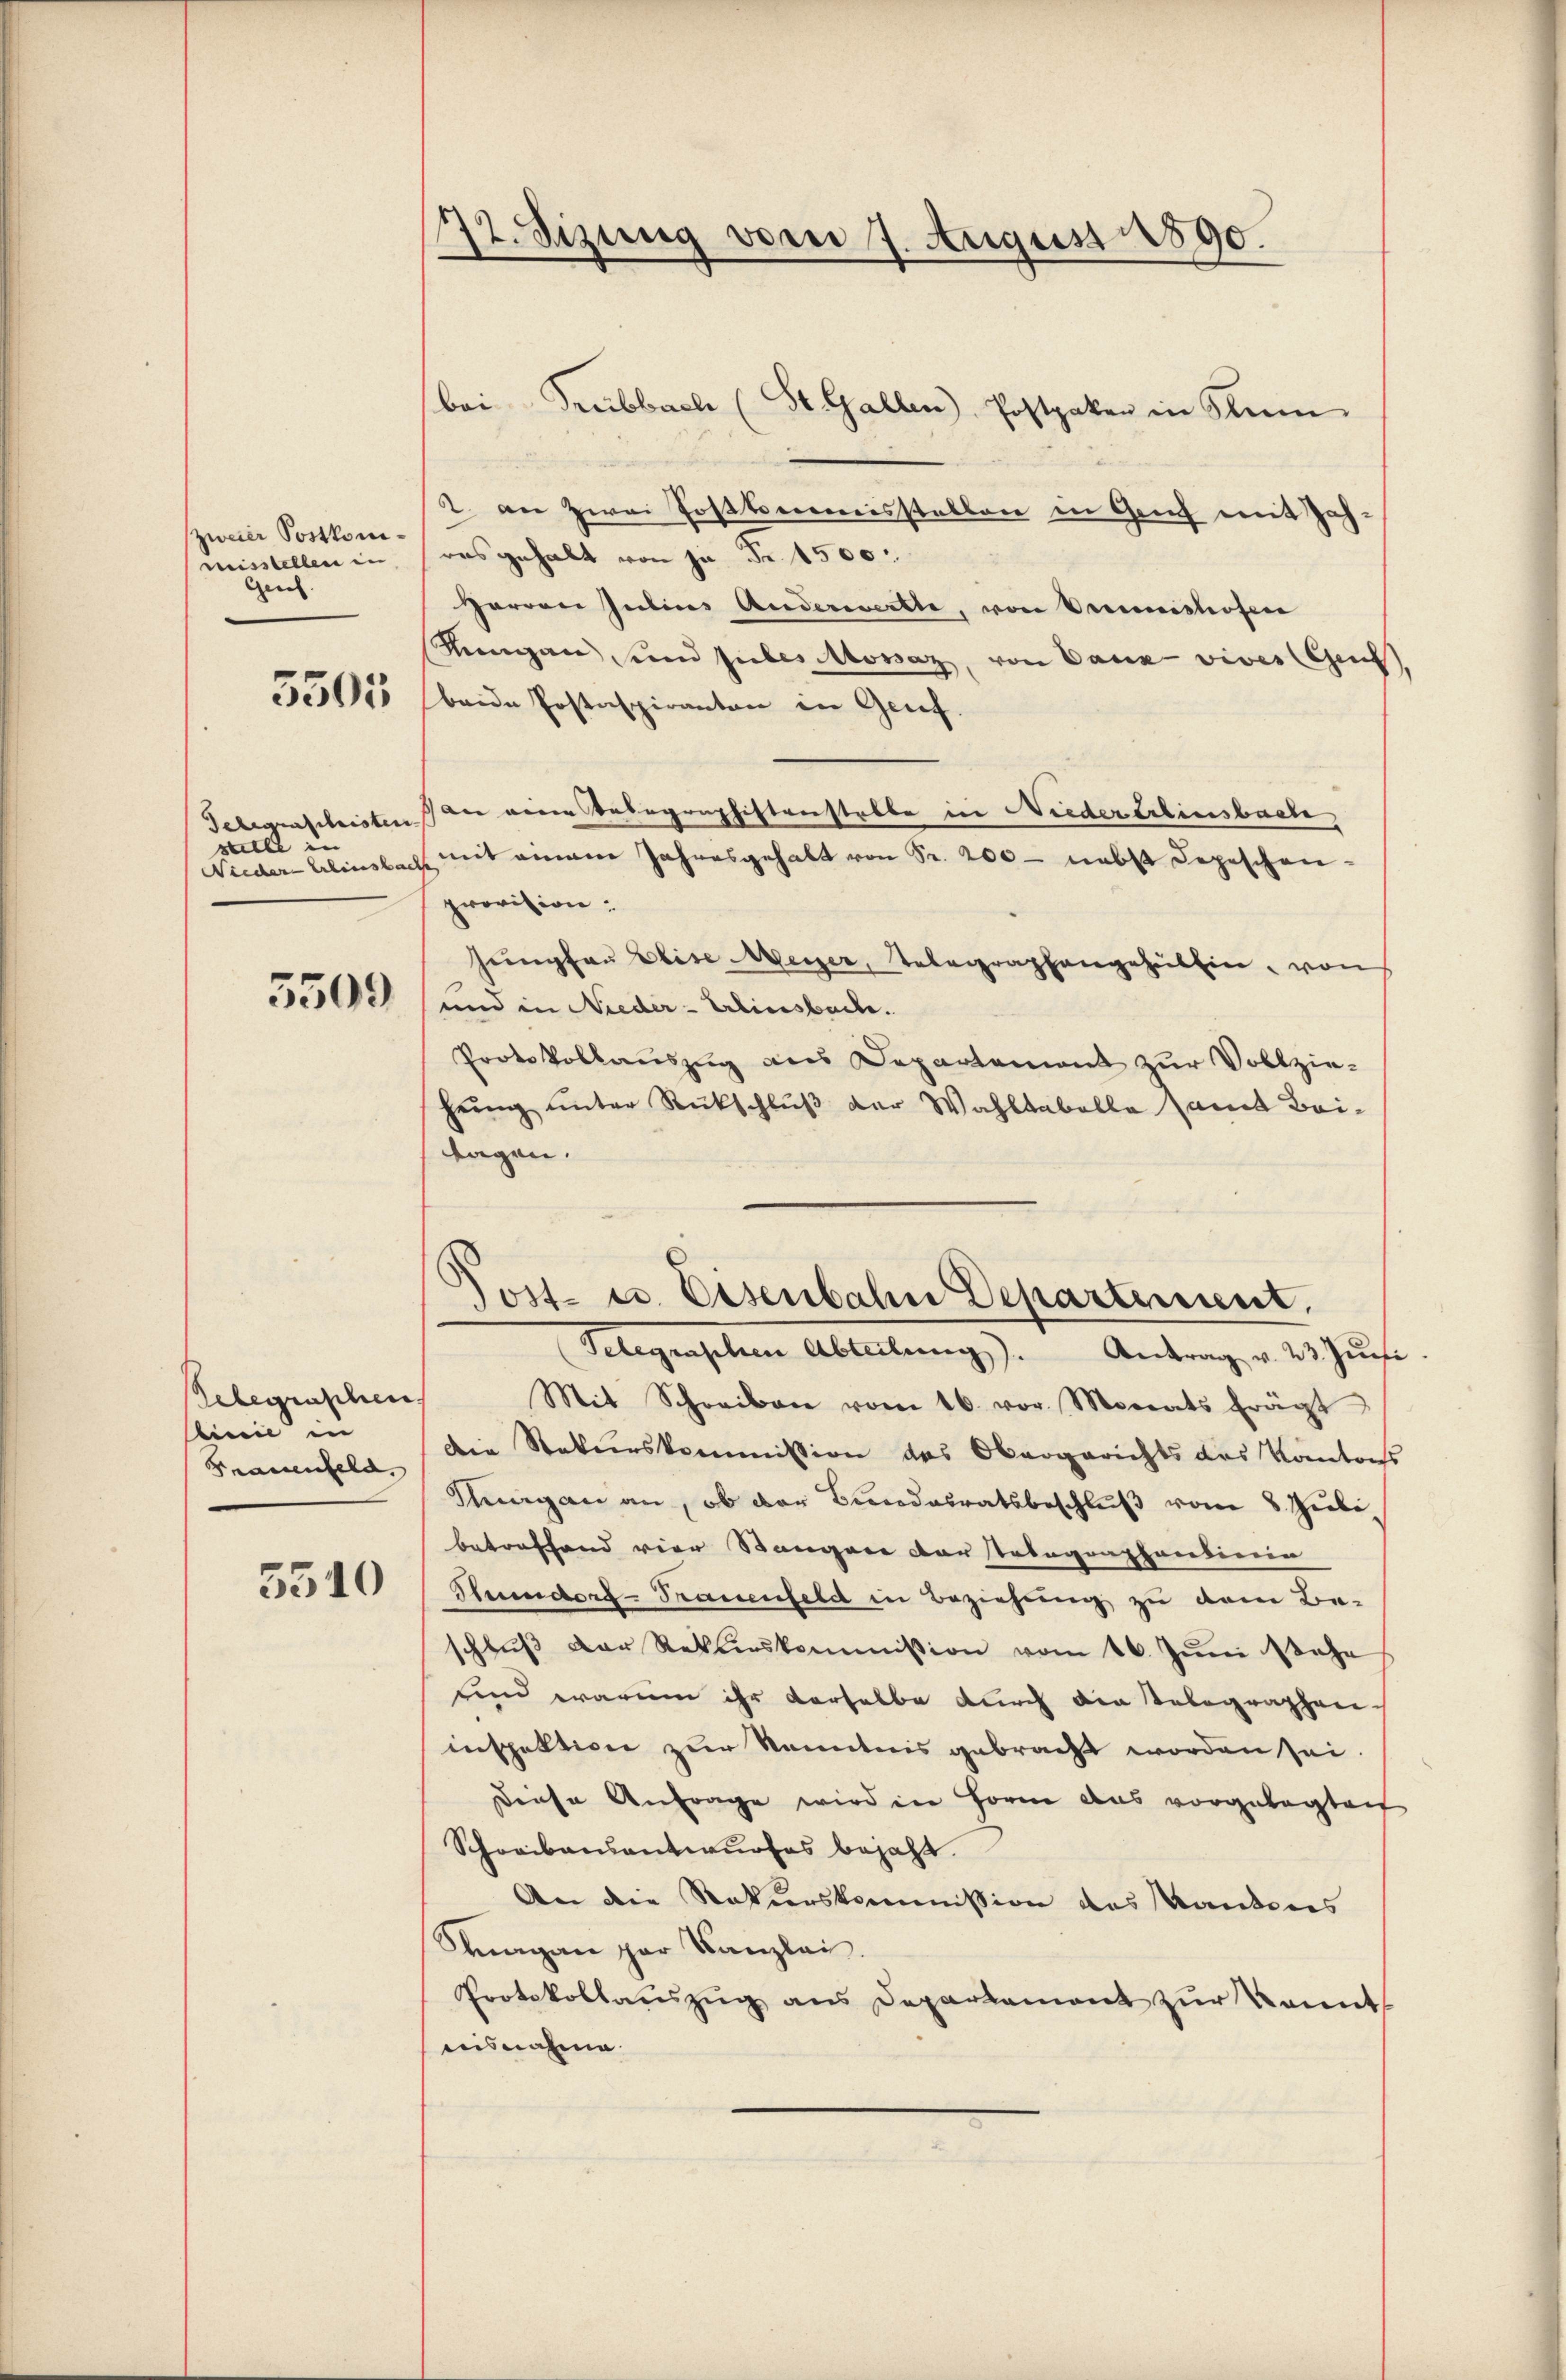
zweier Postkommisstellen in
Geich.

5505

Gelegenschristen
still in
Wiedern Erbeinsbach

5509

Geberraschen,
linie in
Frauenfeld,

3510

12. Sizung vom 7. August 1890.

2. an zwei Postkommisstellen in Genf mit Zahres gehalt von je Fr. 1500
Herren Julius Anderwerkte, von Preiseishofern
Agan und siebes Monaz, von Baue vives (Ges
beide Postaspiranten in Grief.
an eine Belegraphistenstelle in Nieder Erlinsbache
 mit einem Jahresgehalt von Fr. 200 - nebst Depeschenprovision:
sempfau Elise Meier, Telegraphengehüllen, von
und in Nieder-Erlinsbache.
Protokollauszug aus Departement zur Vollzieheig unter Rückschluß der Wahltabelle samt Beitagen.

bei Seebbach (St. Gallen Postpaken in Kenn

Jost- u. Eisenbahn Departement.
Telegraschen Abteilung). Antrag v. 23. Jŭni

Mit Schreiben vom 16. vor. Monats frägt
Die Staturskommission des Obergerichts das Kantonss
Sergan an, ob der Bundesratsbeschluß vom 8. Hiebe
betreffend vier Stangen der stabegraphendierin
Thunders - Trauenfeld in Beziehung zu dem Be-
schlŭβ der Rekurskommission vom 16. Jŭni stehe
und warum ihr derselbe durch die Telegraphen-
inspektion zur Kenntnis gebracht worden sei.
Diese Anfrage wird in Form aus vorgelegten
Schreibensantwurfes bejaht.
An die Rekurskommission des Kantons
Fnagan par Kanzlei.
Protokollaŭszŭg ans Departement zŭr kannt
aisnahme.